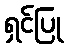
ရှင်ပြု